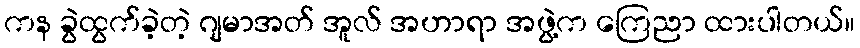
ကန ခွဲထွက်ခဲ့တဲ့ ဂျမာအတ် အူလ် အဟာရာ အဖွဲ့က ကြေညာ ထားပါတယ်။